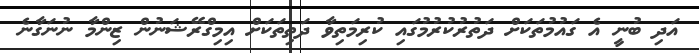
އަދި ބުނީ އެ ގައުމުތަކަށް ދަތުރުކުރުމުގައި ކުރިމަތިވާ ދަތިތަކަށް އިމިގްރޭޝަނުން ޒިންމާ ނުނަގާނެ